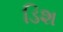
ડિશ